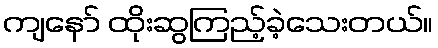
ကျနော် ထိုးဆွကြည့်ခဲ့သေးတယ်။